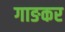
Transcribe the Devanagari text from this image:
गाङकर